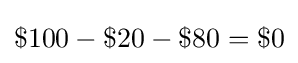
\$100-\$20-\$80=\$0